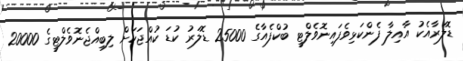
ޑޮލަރާއެކު އާއިލާ ފެންކަޅިވެފައިނޮވެލްޓީ ބުކްފެއާގެ 25000 ޑޮލަރު ކުޑަ ކުއްޖަކަށް ލިބިއްޖެނޮވެލްޓީގެ 20000